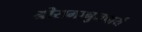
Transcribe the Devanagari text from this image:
श्रीरामानुजचार्य